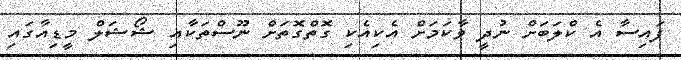
ފައިސާ އެ ކްލަބަށް ނުދީ ވާކަމަށް އެކިއެކި ގޮތްގޮތަށް ނޫސްތަކާއި ޝޯޝަލް މީޑިއާގައި